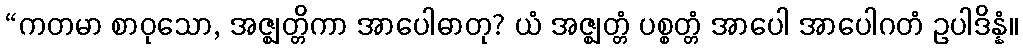
“ကတမာ စာဝုသော, အဇ္ဈတ္တိကာ အာပေါဓာတု? ယံ အဇ္ဈတ္တံ ပစ္စတ္တံ အာပေါ အာပေါဂတံ ဥပါဒိန္နံ။